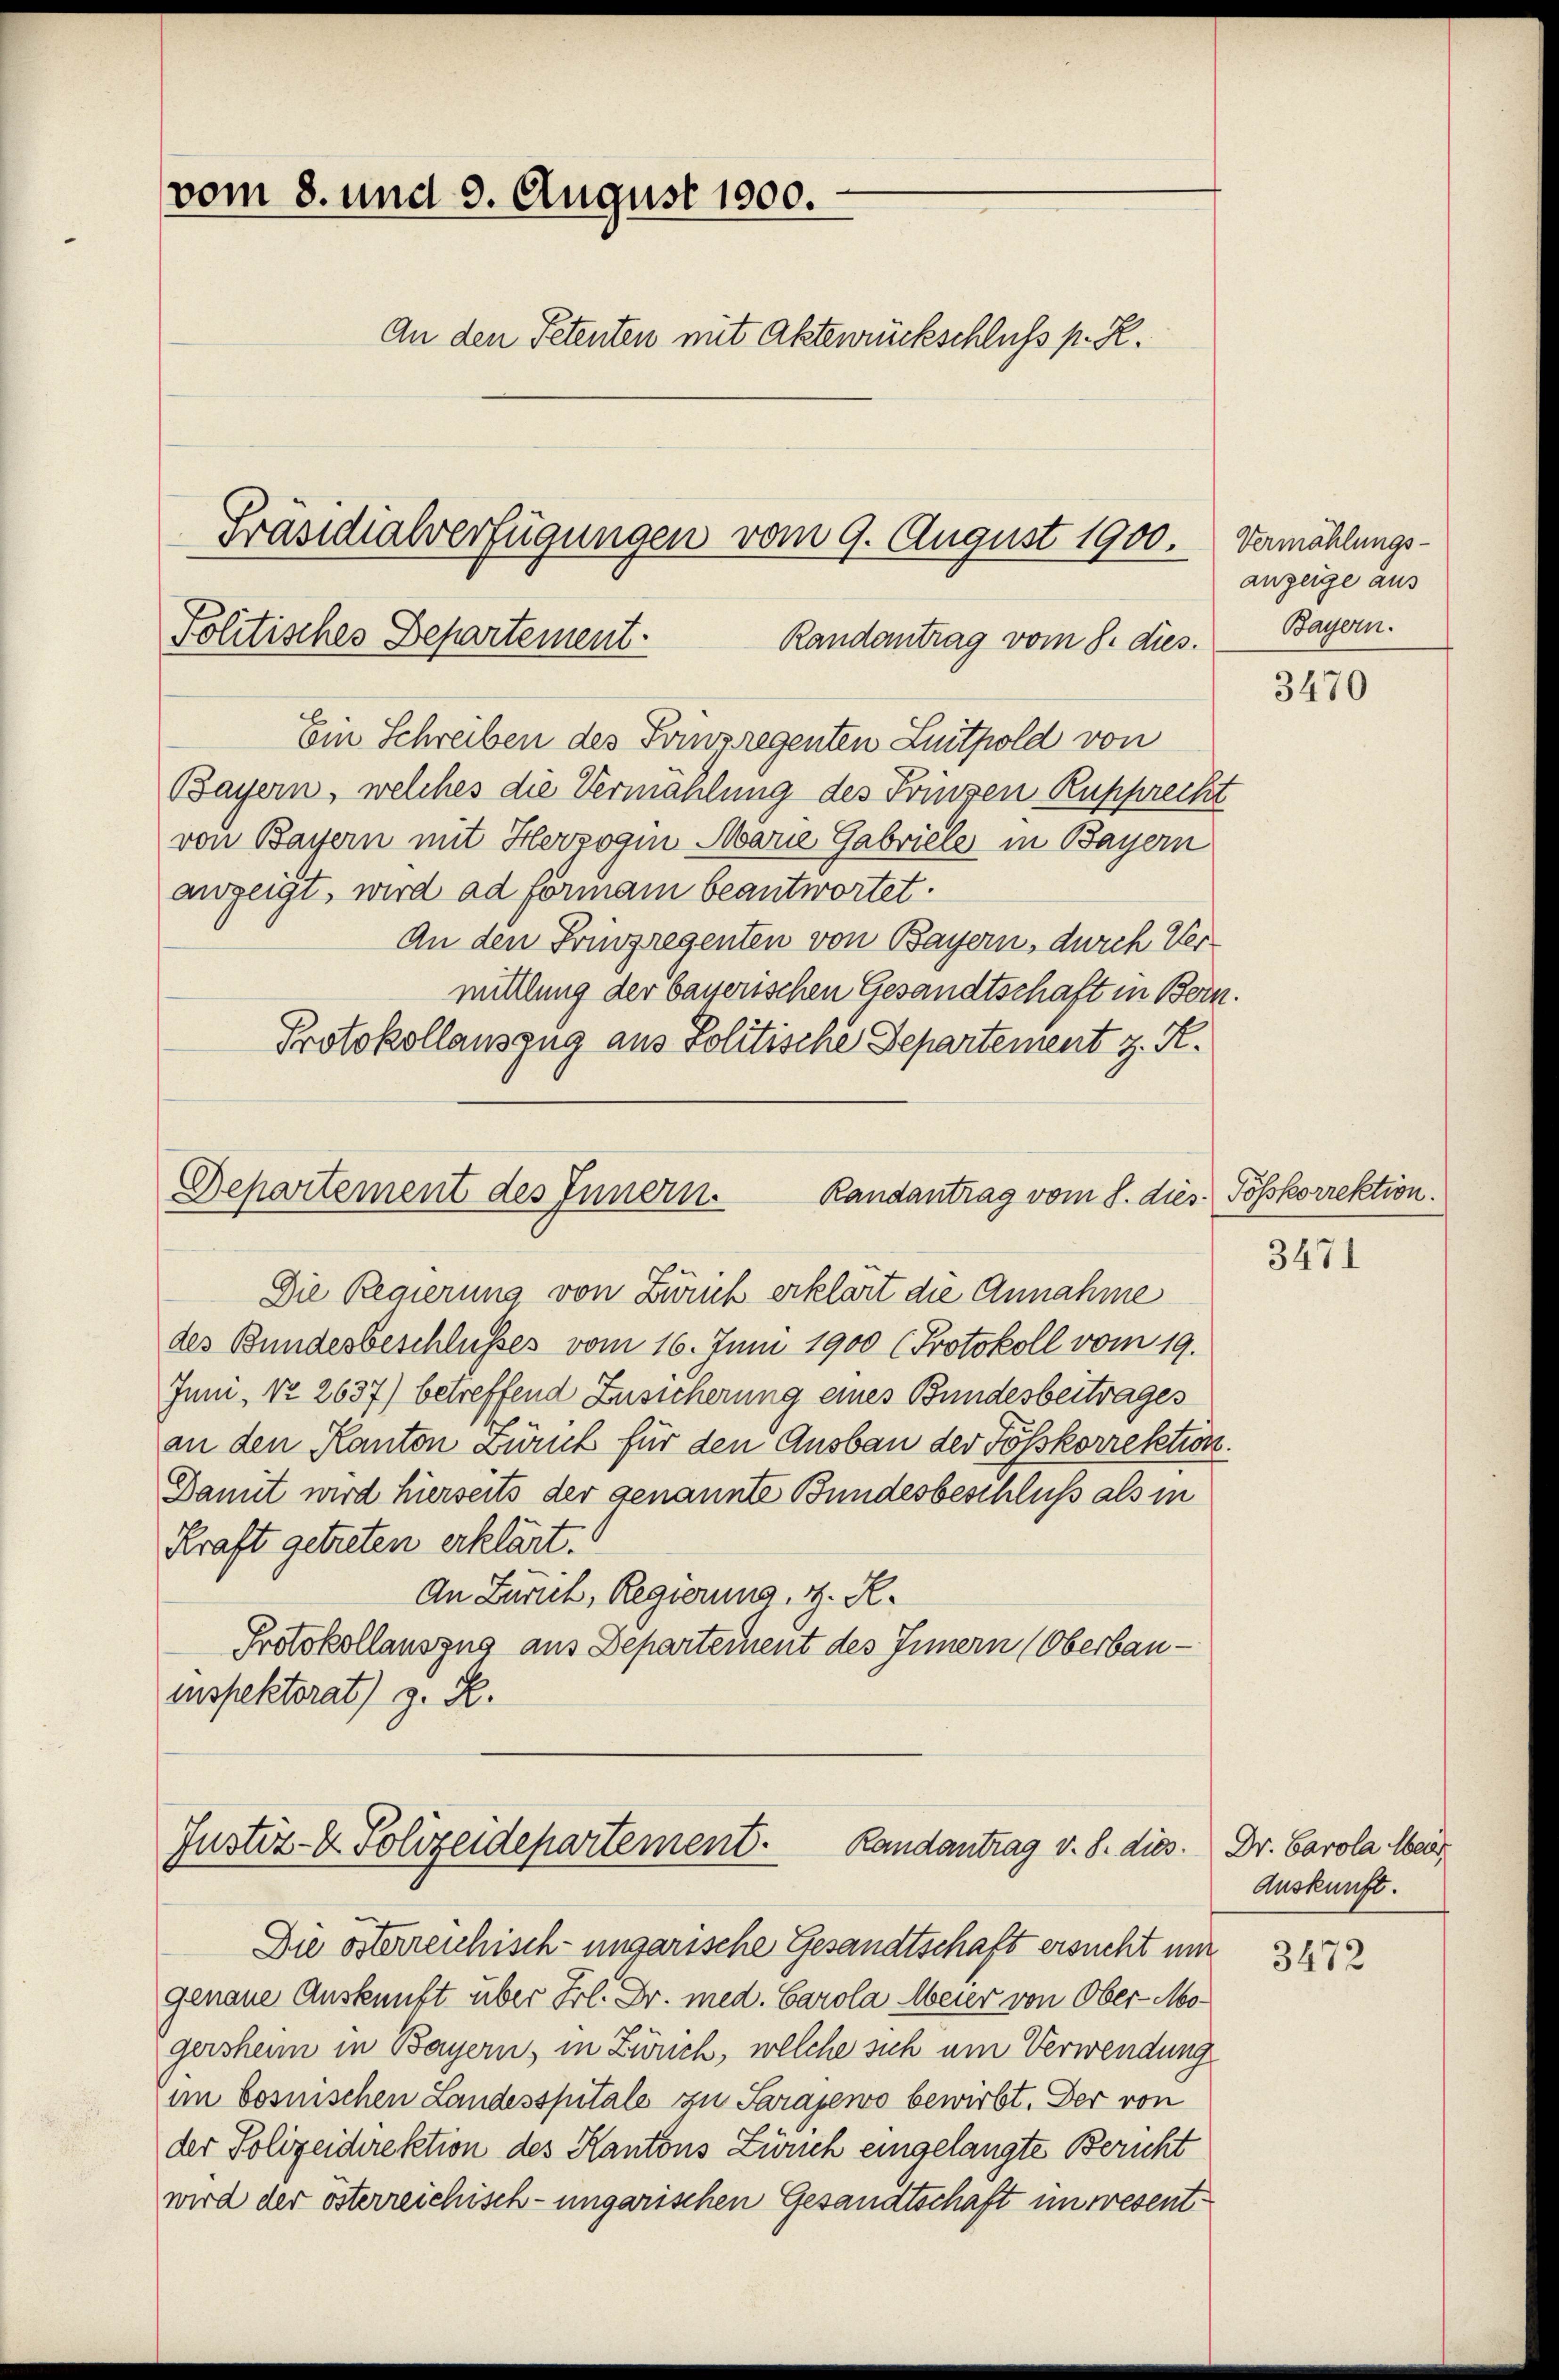
vom 8. und 9. August 1900.
An den Petenten mit Aktenrückschluß p. R.

Präsidialverfügungen vom 9. August 1900. Vermählungs¬
Politisches Departement.
Randantrag vom 8. dies.

Ein Schreiben des Tomzregenten Linthold von
Bayern, welches die Vermählung des Fringen Rupprecht
von Bayern mit Herzogin Marie Gabriele in Bayern
anzeigt, wird ad formani beantwortet.
An den Friezregenten von Bayern, durch Vermittlung der bayerischen Gesandtschaft in Bern.
Protokollauszug aus Politische Departement z. K.
Departement des Innern.
Randantrag vom 8. dies Posskorrektion.
Die Regierung von Zürich erklärt die Annahme
des Bundesbeschlusses vom 16. Juni 1900 (Protokoll vom 19.
Juni, No 2637) betreffend Zusicherung eines Bundesbeitrages
an den Kanton Zürich für den Ausbau der Fösskorrektion.
Damit wird hierseits der genannte Bundesbeschluss als in
Kraft getreten erklärt.
An Zürich, Regierung, z. R.
Protokollauszug aus Departement des Innern (Oberbau-
inspektorat) z. R.

Justiz- & Polizeidepartement. Randantrag v. 8. dies. Dr. Carola Mei

Die österreichisch-ungarische Gesandtschaft ersucht mi
genaue Auskunft über Frl. Dr. med. Carola Meier von Ober-Mo-
gersheim in Bayern, in Zürich, welche sich um Verwendung
im bosnischen Landesspitale zu Sarajewo bewirbt. Der von
der Polizeidirektion des Kantons Zürich eingelangte Bericht
wird der österreichisch-ungarischen Gesandtschaft unwesent¬

anzeige aus
Bayern.

3470

3471

Auskunft.

3472